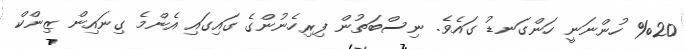
%20 ހުންނަނީ ހަންގަނޑު ގައެވެ. ނިސްބަތުން ފިރިހެނުންގެ ގައިގައި އެންމެ ގިނައިން ޒިންކް